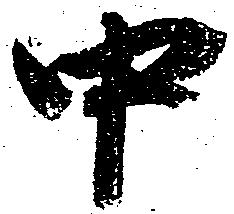
中